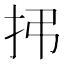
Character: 𫼛